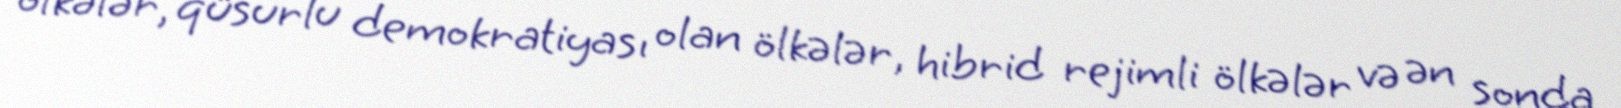
ölkələr, qüsurlu demokratiyası olan ölkələr, hibrid rejimli ölkələr və ən sonda